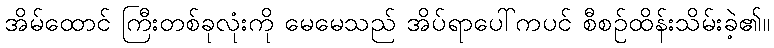
အိမ်ထောင် ကြီးတစ်ခုလုံးကို မေမေသည် အိပ်ရာပေါ်ကပင် စီစဉ်ထိန်းသိမ်းခဲ့၏။